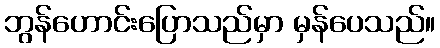
ဘွန်ဟောင်းပြောသည်မှာ မှန်ပေသည်။